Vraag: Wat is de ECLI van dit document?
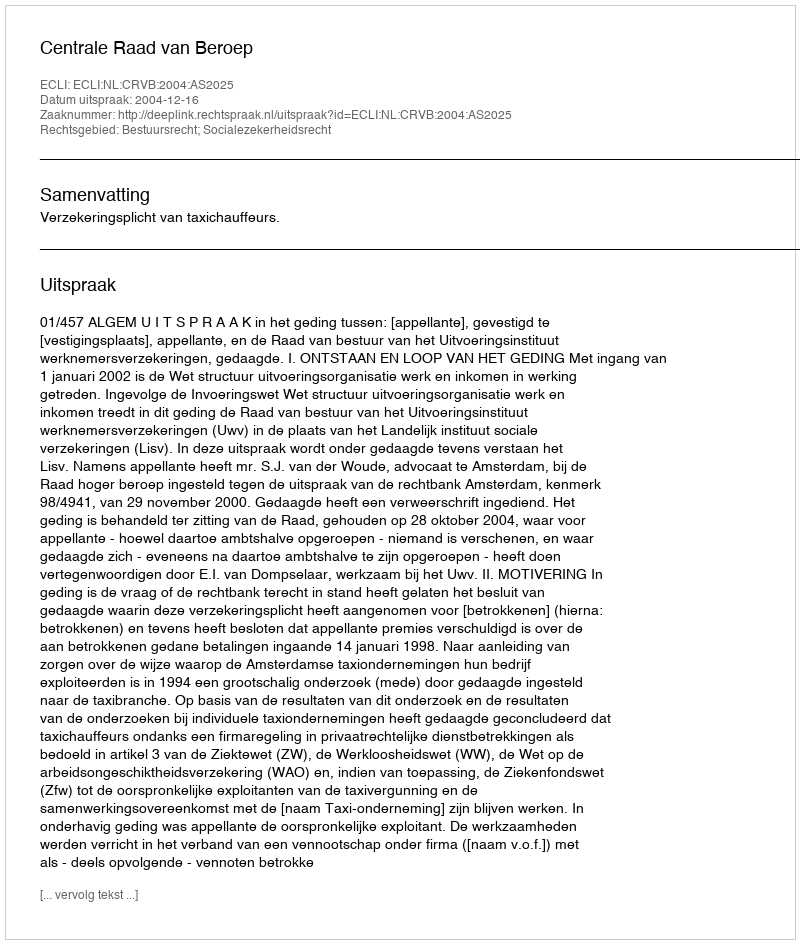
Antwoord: ECLI:NL:CRVB:2004:AS2025